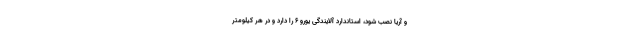
و آریا نصب شود، استاندارد آلایندگی یورو ۶ را دارد و در هر کیلومتر